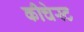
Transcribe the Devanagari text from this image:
कीचेस्ट